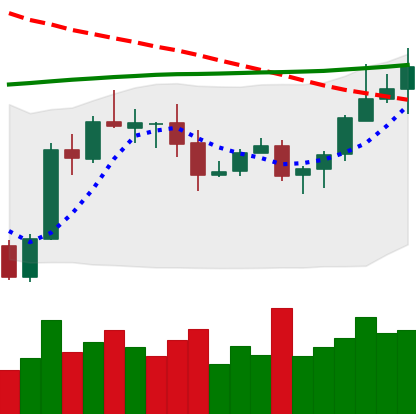
Ticker: ADA-USD
Chart end date: 2020-10-12
Forward return: -3.572%
Label: down_3_5